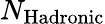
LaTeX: N_{\mathrm{Hadronic}}